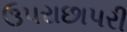
ઉપરાછાપરી